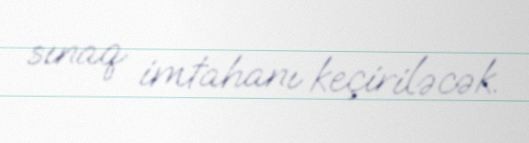
sınaq imtahanı keçiriləcək.